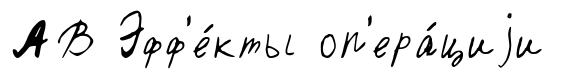
АВ Эфф'е́кты оп'ера́циjи